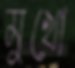
মুখো